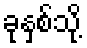
ခုနှစ်သို့